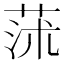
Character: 𦱈